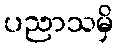
ပညာသမှိ